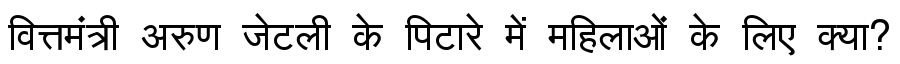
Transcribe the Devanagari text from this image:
वित्तमंत्री अरुण जेटली के पिटारे में महिलाओं के लिए क्या?